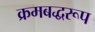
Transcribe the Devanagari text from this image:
क्रमबद्धरूप